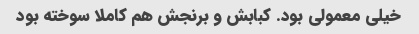
خیلی معمولی بود. کبابش و برنجش هم کاملا سوخته بود